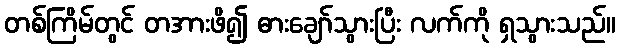
တစ်ကြိမ်တွင် တအားဖိ၍ ဓားချော်သွားပြီး လက်ကို ရှသွားသည်။